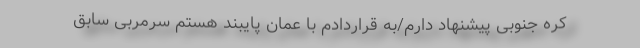
کره جنوبی پیشنهاد دارم/به قراردادم با عمان پایبند هستم سرمربی سابق